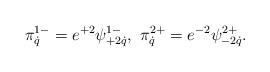
LaTeX: \begin{align*}\pi^{1-}_{\dot q}=e^{+2}\psi^{1-}_{+2\dot q},\ \pi^{2+}_{\dot q}=e^{-2}\psi^{2+}_{-2\dot q}.\end{align*}